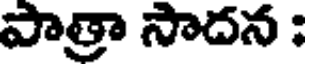
పాత్రా సాదన :